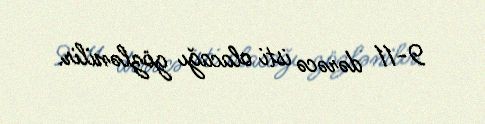
9-11 dərəcə isti olacağı gözlənilir.